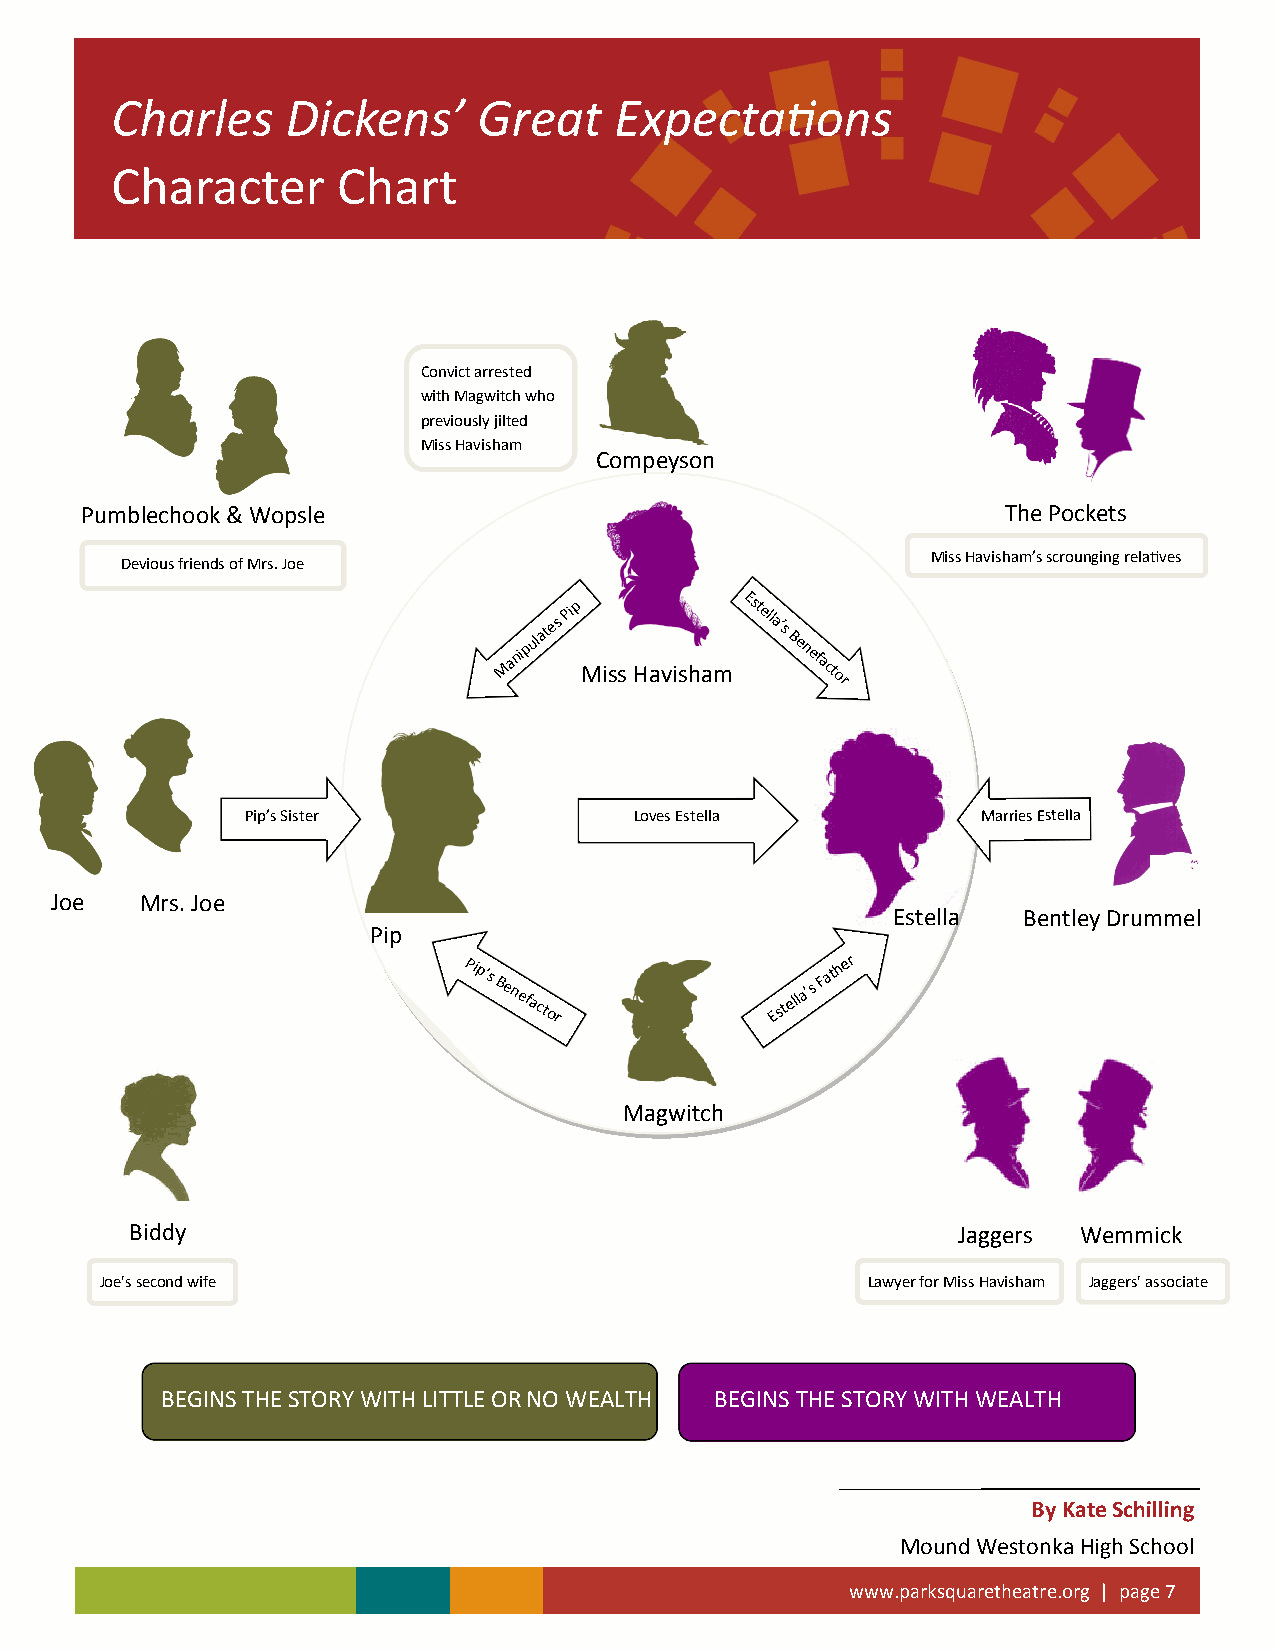
Charles     Dickens’     Great    Expectations
 Character      Chart
 Convict arrested
 with Magwitch who
 previously jilted
 Miss Havisham
 Compeyson
 Pumblechook & Wopsle                                          The Pockets
 Miss Havisham’s scrounging relatives
 Devious friends of Mrs. Joe
 Manipulates
 Pip
 Miss Havisham
 Estella’s
 Benefactor
 Pip’s Sister              Loves Estella          Marries Estella
 Joe   Mrs. Joe
 Estella  Bentley Drummel
 Pip
 Pip’s
 Benefactor        Estella’s
 Father
 Magwitch
 Biddy                                                 Jaggers  Wemmick
 Joe's second wife                                 Lawyer for Miss Havisham Jaggers' associate
 BEGINS THE STORY WITH LITTLE OR NO WEALTH BEGINS THE STORY WITH WEALTH
 By Kate Schilling
 Mound Westonka High School
 www.parksquaretheatre.org | page 7